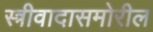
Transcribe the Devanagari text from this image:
स्त्रीवादासमोरील